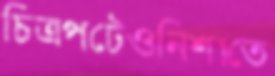
চিত্রপটেওনিশাতে